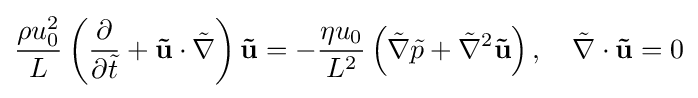
{\dfrac {\rho u_{0}^{2}}{L}}\left({\dfrac {\partial }{\partial {\tilde {t}}}}+\mathbf {\tilde {u}} \cdot {\tilde {\nabla }}\right)\mathbf {\tilde {u}} =-{\dfrac {\eta u_{0}}{L^{2}}}\left({\tilde {\nabla }}{\tilde {p}}+{\tilde {\nabla }}^{2}\mathbf {\tilde {u}} \right),\quad {\tilde {\nabla }}\cdot \mathbf {\tilde {u}} =0